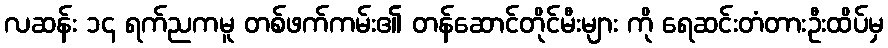
လဆန်း ၁၄ ရက်ညကမူ တစ်ဖက်ကမ်း၏ တန်ဆောင်တိုင်မီးများ ကို ရေဆင်းတံတားဦးထိပ်မှ